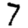
Digit: 7